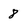
Character: 8